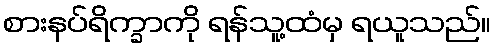
စားနပ်ရိက္ခာကို ရန်သူ့ထံမှ ရယူသည်။